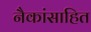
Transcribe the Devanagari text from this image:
नैकांसाहित